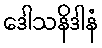
ဒေါသနိဒါနံ